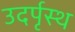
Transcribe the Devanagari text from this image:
उदर्पृस्थ